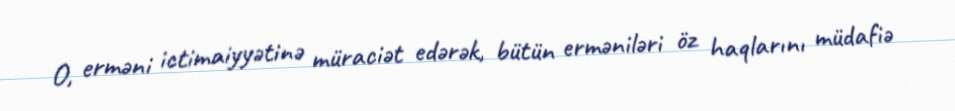
O, erməni ictimaiyyətinə müraciət edərək, bütün erməniləri öz haqlarını müdafiə